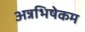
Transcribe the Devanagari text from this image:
अन्नभिषेकम